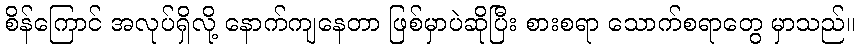
စိန်ကြောင် အလုပ်ရှိလို့ နောက်ကျနေတာ ဖြစ်မှာပဲဆိုပြီး စားစရာ သောက်စရာတွေ မှာသည်။